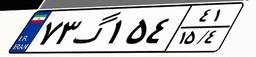
۷۳گ۱۵۴۴۱